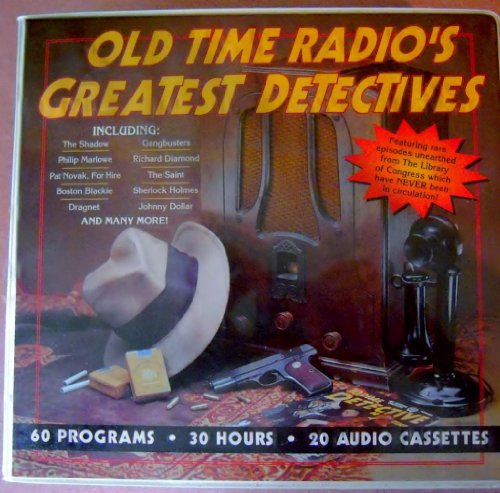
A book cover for Old Time Radio's Greatest Detectives; Humor & Entertainment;